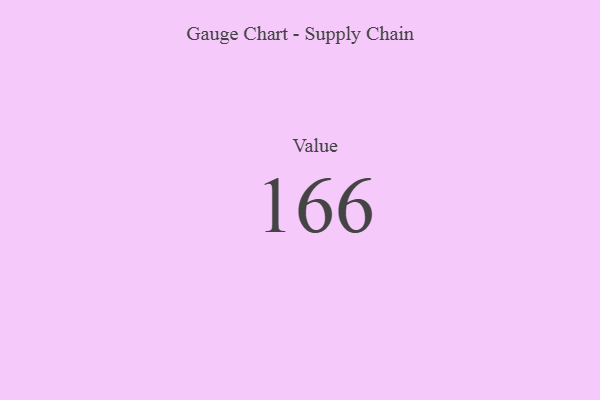
{"axis": {"x": "Metric", "y": "Value"}, "legend": [""], "data": [{"x": "Value", "y": 166, "type": ""}]}